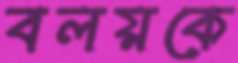
বলয়কে